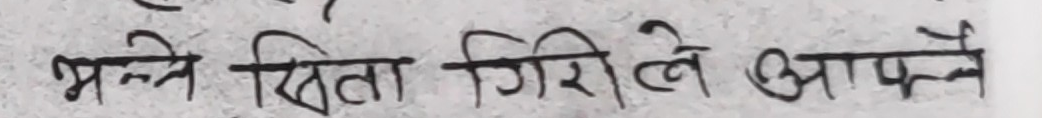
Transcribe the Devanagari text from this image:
भन्ने खित्ता गिरिले आफ्नै